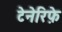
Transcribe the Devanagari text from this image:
टेनेरिफ़े